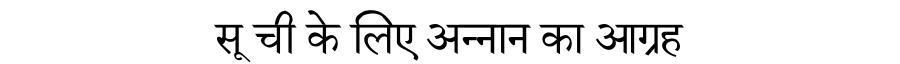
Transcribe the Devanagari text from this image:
सू ची के लिए अन्नान का आग्रह